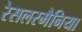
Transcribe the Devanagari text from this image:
रेसलरमैनिया